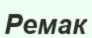
Ремак